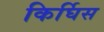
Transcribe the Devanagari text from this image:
किर्घिस